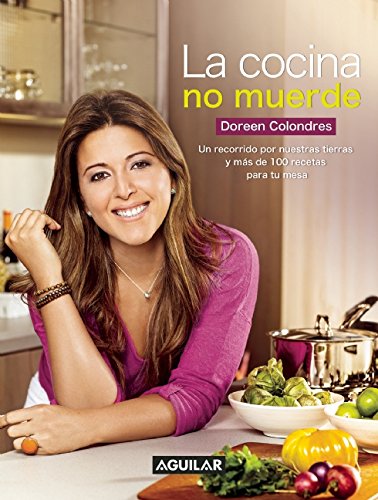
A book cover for La cocina no muerde (Spanish Edition); Doreen Colondres; Cookbooks, Food & Wine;